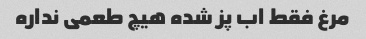
مرغ فقط اب پز شده هیچ طعمی نداره